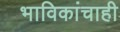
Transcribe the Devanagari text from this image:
भाविकांचाही